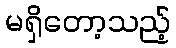
မရှိတော့သည့်